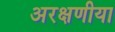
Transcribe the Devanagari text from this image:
अरक्षणीया